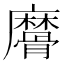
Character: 䯢